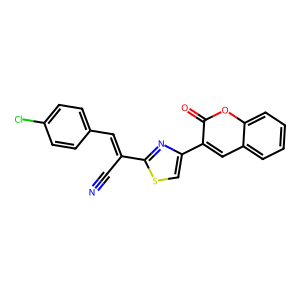
SMILES: N#CC(=Cc1ccc(Cl)cc1)c1nc(-c2cc3ccccc3oc2=O)cs1
Inhibits HIV replication: No